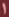
1